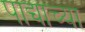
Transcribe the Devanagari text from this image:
पाद्याच्या